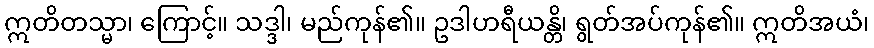
ဣတိတသ္မာ၊ ကြောင့်။ သဒ္ဒါ၊ မည်ကုန်၏။ ဥဒါဟရီယန္တိ၊ ရွတ်အပ်ကုန်၏။ ဣတိအယံ၊